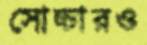
সোচ্চারও